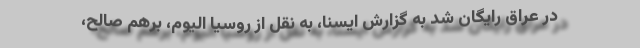
در عراق رایگان شد به گزارش ایسنا، به نقل از روسیا الیوم، برهم صالح،